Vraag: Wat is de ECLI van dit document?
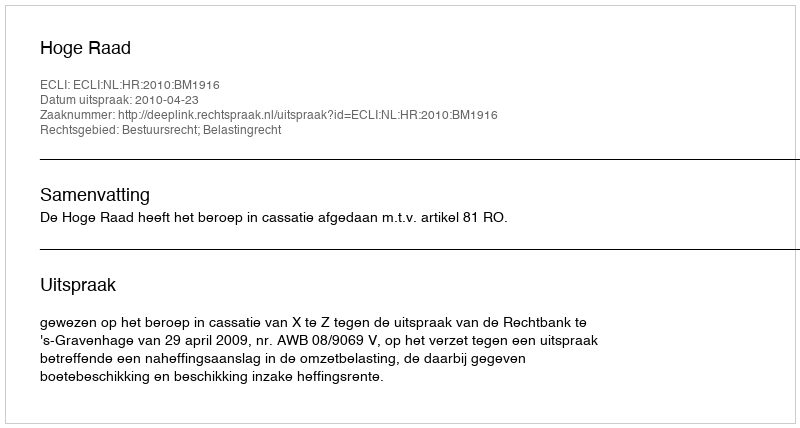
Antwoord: ECLI:NL:HR:2010:BM1916